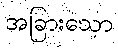
အခြားသော